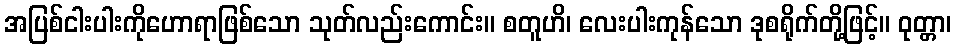
အပြစ်ငါးပါးကိုဟောရာဖြစ်သော သုတ်လည်းကောင်း။ စတူဟိ၊ လေးပါးကုန်သော ဒုစရိုက်တို့ဖြင့်။ ဝုတ္တာ၊